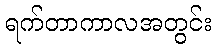
ရက်တာကာလအတွင်း